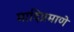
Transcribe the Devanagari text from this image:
मादिप्रमाणे